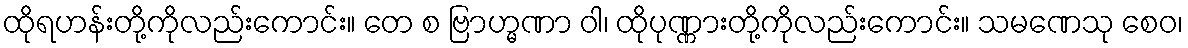
ထိုရဟန်းတို့ကိုလည်းကောင်း။ တေ စ ဗြာဟ္မဏာ ဝါ၊ ထိုပုဏ္ဏားတို့ကိုလည်းကောင်း။ သမဏေသု စေဝ၊